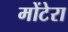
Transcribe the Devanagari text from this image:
मोंटेरा